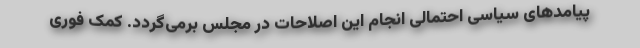
پیامدهای سیاسی احتمالی انجام این اصلاحات در مجلس برمی‌گردد. کمک فوری